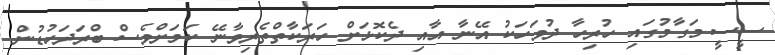
ސީސީ މަގާމުގައި ހުރިހާ ދުވަހަކު އޭނާ އާއި ދެކޮޅަށް ހަރަކާތްތެރިވާނޭ ކަމަށްވެސް ބްރަދަހުޑުން